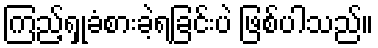
ကြည့်ရှုခံစားခဲ့ရခြင်းပဲ ဖြစ်ပါသည်။